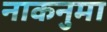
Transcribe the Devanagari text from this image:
नाकनुमा